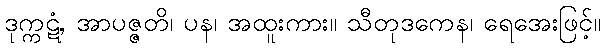
ဒုက္ကဋံ, အာပဇ္ဇတိ၊ ပန၊ အထူးကား။ သီတုဒကေန၊ ရေအေးဖြင့်။